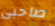
صاحبى